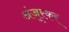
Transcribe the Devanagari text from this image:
अंजूरकर